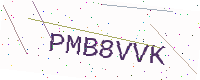
Text: PMB8VVK